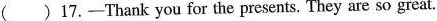
()17.——Thank you for the presents. They are so great.